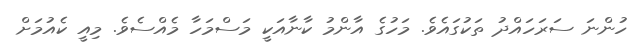
ހުންނަ ސަރަހައްދު ތަކުގައެވެ. މަހުގެ އާންމު ކާނާއަކީ މަސްމަހާ މެއްސެވެ. މިއީ ކެއުމަށް